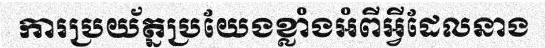
ការប្រយ័ត្នប្រយែងខ្លាំងអំពីអ្វីដែលនាង